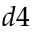
d 4